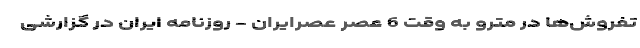
تفروش‌ها در مترو به وقت 6 عصر عصرایران - روزنامه ایران در گزارشی